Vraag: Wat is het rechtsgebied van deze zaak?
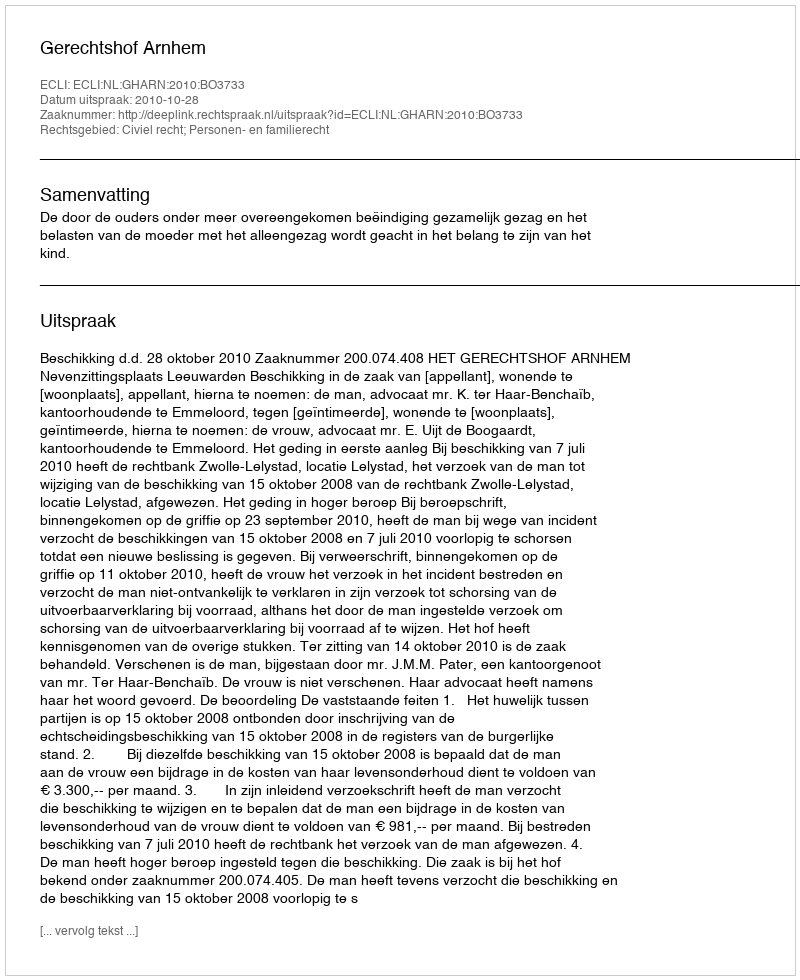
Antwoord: Civiel recht; Personen- en familierecht